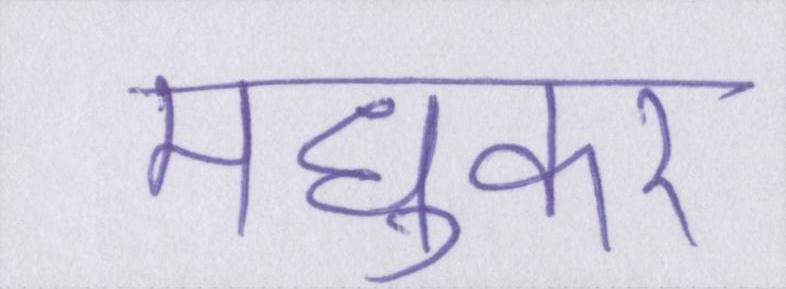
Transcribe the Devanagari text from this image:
मधुकर